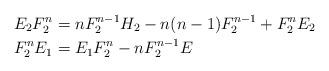
LaTeX: \begin{align*}E_2 F_2^{n} & = n F_{2}^{n-1} H_2 - n(n-1)F_{2}^{n-1} + F_{2}^{n} E_2 \\F_2^{n}E_1 & = E_1 F_{2}^{n} - n F_{2}^{n-1}E \end{align*}